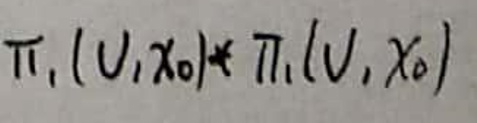
$\pi _ { 1 } ( U, x _ { 0 } ) \neq \pi _ { 1 } ( V, x _ { 0 } )$